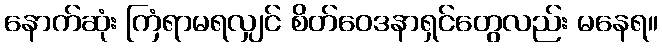
နောက်ဆုံး ကြံရာမရလျှင် စိတ်ဝေဒနာရှင်တွေလည်း မနေရ။